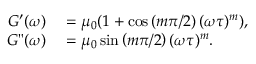
\begin{array} { r l } { G ^ { \prime } ( \omega ) } & { { } = \mu _ { 0 } ( 1 + \cos \left( m \pi / 2 \right) ( \omega \tau ) ^ { m } ) , } \\ { G " ( \omega ) } & { { } = \mu _ { 0 } \sin \left( m \pi / 2 \right) ( \omega \tau ) ^ { m } . } \end{array}